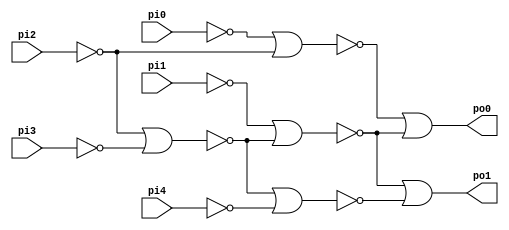
// Benchmark "C17.iscas" written by ABC on Thu Mar 19 13:02:35 2020

module C17_iscas  ( 
    pi0, pi1, pi2, pi3, pi4,
    po0, po1  );
  input  pi0, pi1, pi2, pi3, pi4;
  output po0, po1;
  wire new_n8_, new_n9_, new_n10_, new_n11_;
  assign new_n8_ = ~pi2 | ~pi3;
  assign new_n9_ = ~pi0 | ~pi2;
  assign new_n10_ = ~new_n8_ | ~pi4;
  assign new_n11_ = ~pi1 | ~new_n8_;
  assign po1 = ~new_n11_ | ~new_n10_;
  assign po0 = ~new_n9_ | ~new_n11_;
endmodule